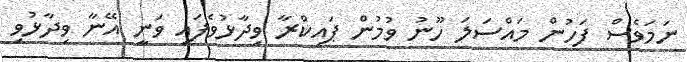
ނަމަވެސް ފަހުން މައްސަލަ ހޫނު ވުމުން ޕައިކްރާ ވިދާޅުވެފައި ވަނީ އޭނާ ވިދާޅުވި